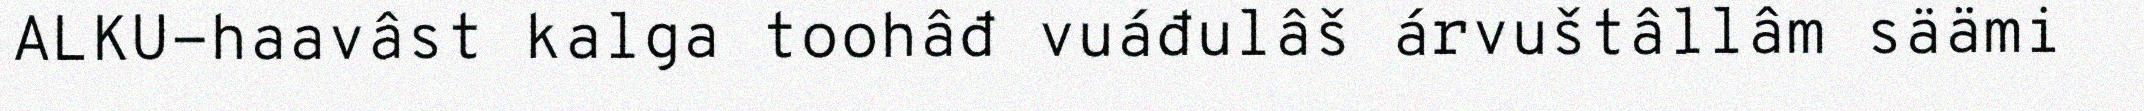
ALKU-haavâst kalga toohâđ vuáđulâš árvuštâllâm säämi